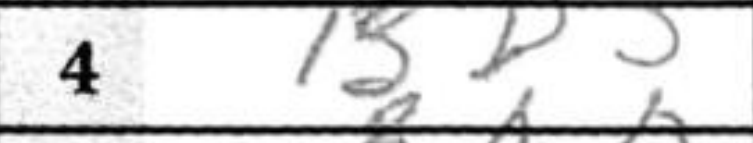
Transcription: Bd5